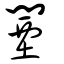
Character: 闉